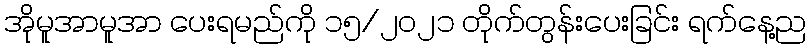
အိုမူအာမူအာ ပေးရမည်ကို ၁၅/၂၀၂၁ တိုက်တွန်းပေးခြင်း ရက်နေ့ည